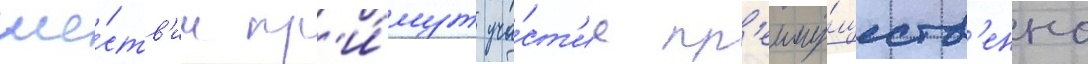
ше́ств'ии пр'и́мут уча́ст'ие пр'еиму́ществ'енно